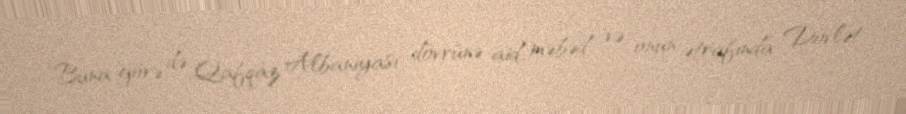
Buna görə də Qafqaz Albaniyası dövrünə aid məbəd və onun ətrafında Dövlət